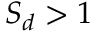
{ \cal S } _ { d } > 1